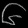
Digit: ၆